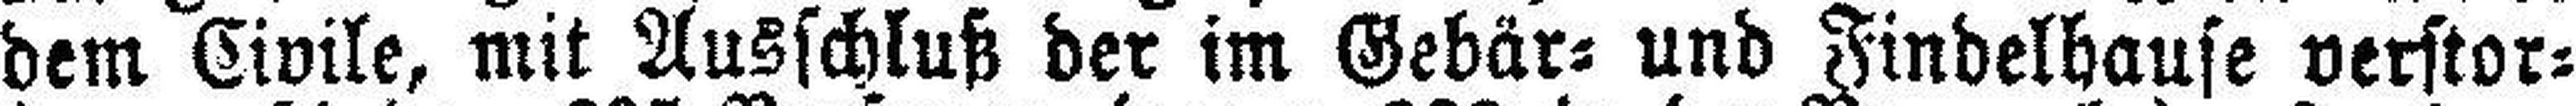
dem Civile, mit Ausschluß der im Gebär= und Findelhause verstor¬